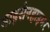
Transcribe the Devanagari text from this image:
माइसेनहाइमर